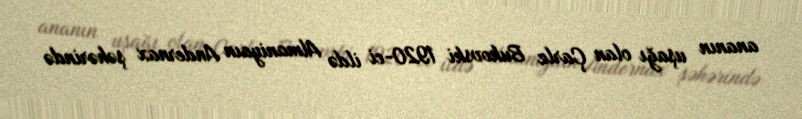
ananın uşağı olan Çarlz Bukovski 1920-ci ildə Almaniyaın Andernax şəhərində